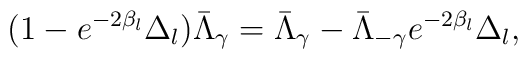
(1-e^{-2\beta _{l}}\Delta _{l})\bar{\Lambda }_\gamma =\bar{\Lambda }_\gamma- \bar{\Lambda }_{-\gamma}e^{-2\beta _l}\Delta _l,